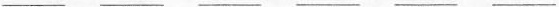
___ ___ ___ ___ ___ ___